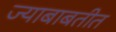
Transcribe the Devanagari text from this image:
ज्याबाबतीत